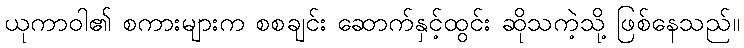
ယုကာဝါ၏ စကားများက စစချင်း ဆောက်နှင့်ထွင်း ဆိုသကဲ့သို့ ဖြစ်နေသည်။